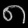
Digit: ၈